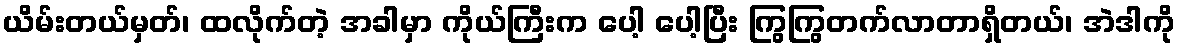
ယိမ်းတယ်မှတ်၊ ထလိုက်တဲ့ အခါမှာ ကိုယ်ကြီးက ပေါ့ ပေါ့ပြီး ကြွကြွတက်လာတာရှိတယ်၊ အဲဒါကို